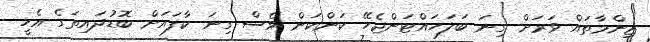
ޒިންމާތައް ވަރަށް ގިނަ ބަލަހައްޓަންޖެހޭ ކަންކަން ވެސް ގިނަ ކާފައަށް ބޮޑުދައިތަގެ އެހީ